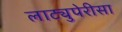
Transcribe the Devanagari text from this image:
लाट्युपेरीसा